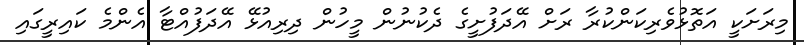
މިރަށަކީ އަތޮޅުވެރިކަންކުރާ ރަށް އޭދަފުށީގެ ދެކުނުން މީހުން ދިރިއުޅޭ އޭދަފުއްޓާ އެންމެ ކައިރީގައި